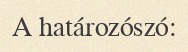
A határozószó: